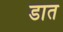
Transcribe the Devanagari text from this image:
डात